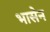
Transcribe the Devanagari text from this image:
भासेन